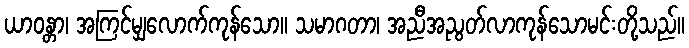
ယာဝန္တာ၊ အကြင်မျှလောက်ကုန်သော။ သမာဂတာ၊ အညီအညွတ်လာကုန်သောမင်းတို့သည်။